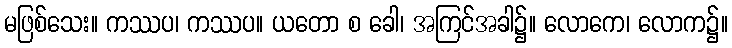
မဖြစ်သေး။ ကဿပ၊ ကဿပ။ ယတော စ ခေါ၊ အကြင်အခါ၌။ လောကေ၊ လောက၌။